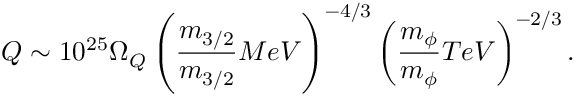
Q \sim 1 0 ^ { 2 5 } \Omega _ { Q } \left( \frac { m _ { 3 / 2 } } { m _ { 3 / 2 } } { M e V } \right) ^ { - 4 / 3 } \left( \frac { m _ { \phi } } { m _ { \phi } } { T e V } \right) ^ { - 2 / 3 } .